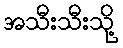
အသီးသီးသို့